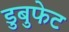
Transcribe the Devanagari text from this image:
डुबुफेट